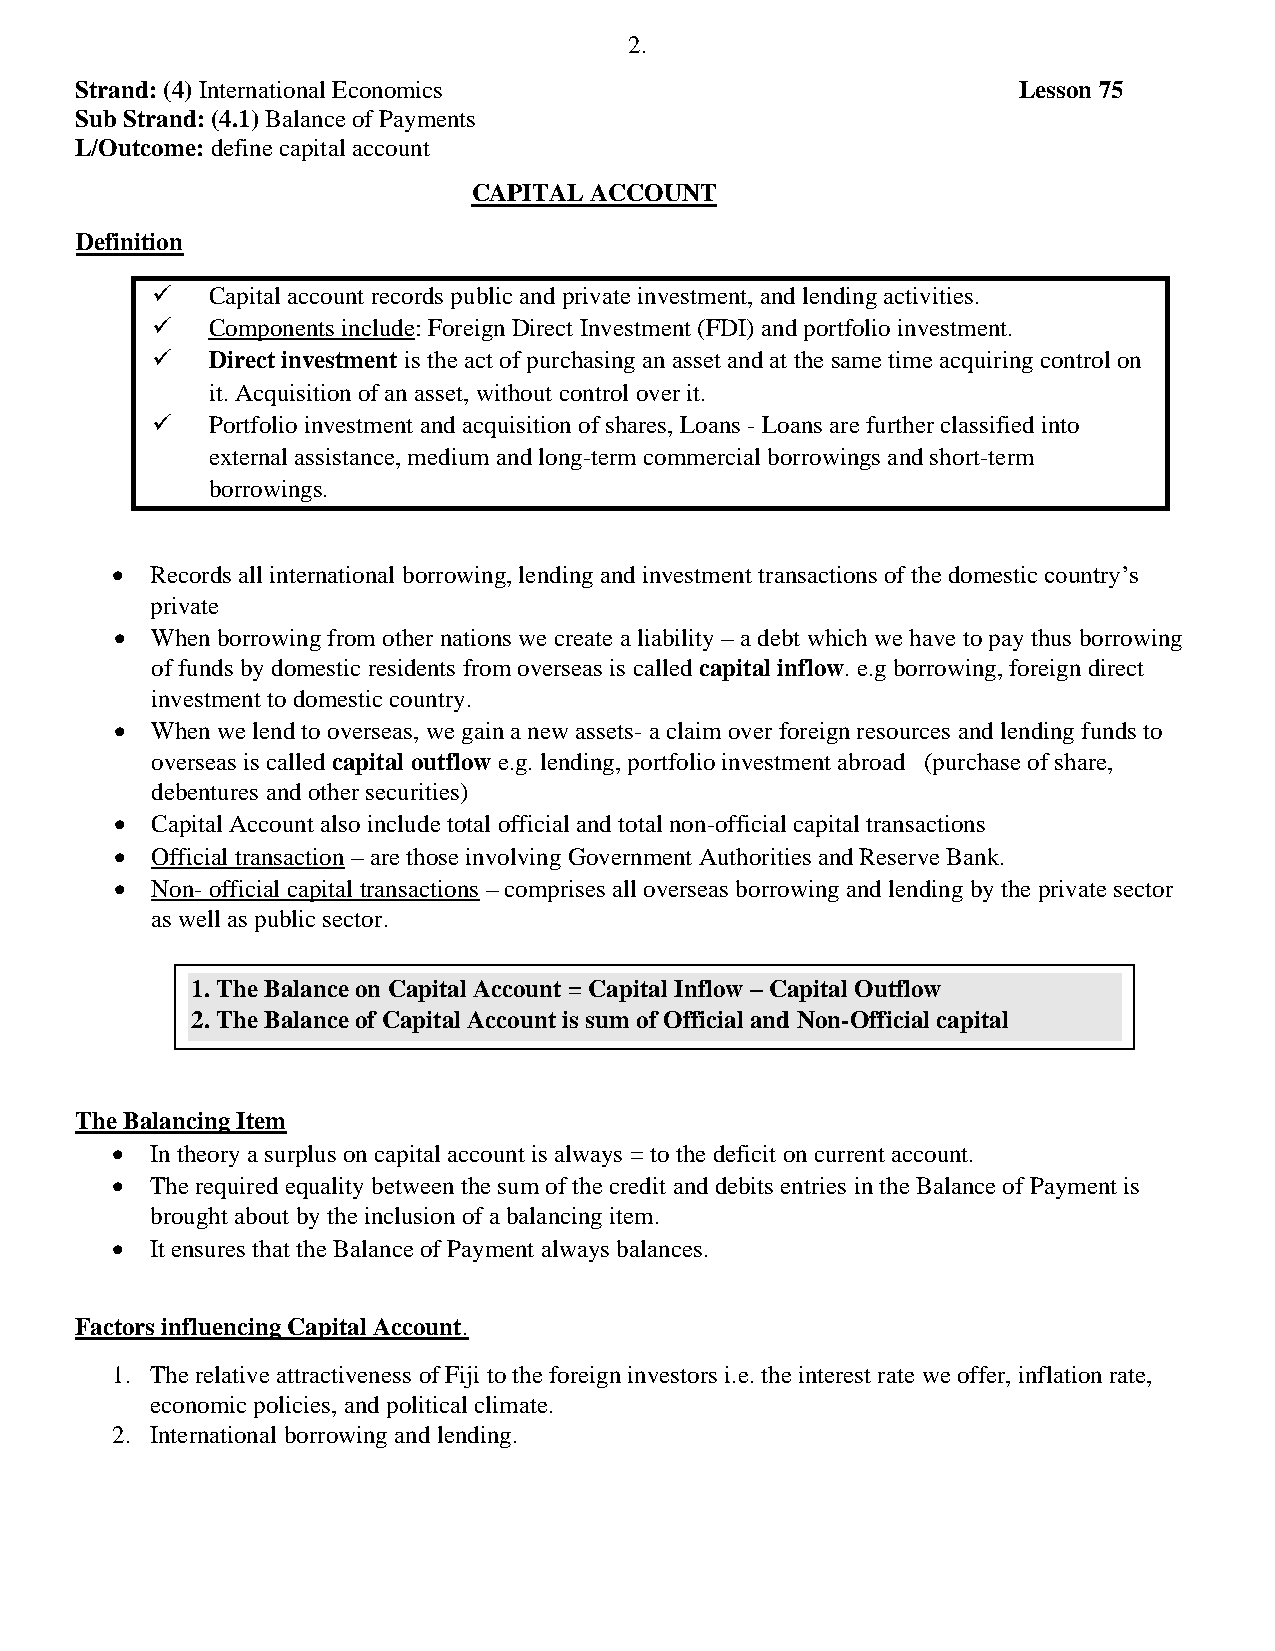
2.
 Strand: (4) International Economics                           Lesson 75
 Sub Strand: (4.1) Balance of Payments
 L/Outcome: define capital account
 CAPITAL ACCOUNT
 Definition
 ✓   Capital account records public and private investment, and lending activities.
 ✓   Components include: Foreign Direct Investment (FDI) and portfolio investment.
 ✓   Direct investment is the act of purchasing an asset and at the same time acquiring control on
 it. Acquisition of an asset, without control over it.
 ✓   Portfolio investment and acquisition of shares, Loans - Loans are further classified into
 external assistance, medium and long-term commercial borrowings and short-term
 borrowings.
 •  Records all international borrowing, lending and investment transactions of the domestic country’s
 private
 • When borrowing from other nations we create a liability – a debt which we have to pay thus borrowing
 of funds by domestic residents from overseas is called capital inflow. e.g borrowing, foreign direct
 investment to domestic country.
 • When we lend to overseas, we gain a new assets- a claim over foreign resources and lending funds to
 overseas is called capital outflow e.g. lending, portfolio investment abroad (purchase of share,
 debentures and other securities)
 • Capital Account also include total official and total non-official capital transactions
 • Official transaction – are those involving Government Authorities and Reserve Bank.
 • Non- official capital transactions – comprises all overseas borrowing and lending by the private sector
 as well as public sector.
 1. The Balance on Capital Account = Capital Inflow – Capital Outflow
 2. The Balance of Capital Account is sum of Official and Non-Official capital
 transactions.
 The Balancing Item
 •  In theory a surplus on capital account is always = to the deficit on current account.
 •  The required equality between the sum of the credit and debits entries in the Balance of Payment is
 brought about by the inclusion of a balancing item.
 •  It ensures that the Balance of Payment always balances.
 Factors influencing Capital Account.
 1. The relative attractiveness of Fiji to the foreign investors i.e. the interest rate we offer, inflation rate,
 economic policies, and political climate.
 2. International borrowing and lending.